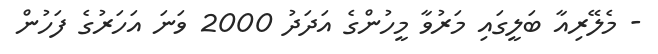
- މެލޭރިއާ ބަލީގައި މަރުވާ މީހުންގެ އަދަދު 2000 ވަނަ އަހަރުގެ ފަހުން